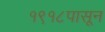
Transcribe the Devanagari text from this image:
१९१८पासून